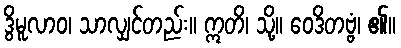
ဒွိမူလာဝ၊ သာလျှင်တည်း။ ဣတိ၊ သို့။ ဝေဒိတဗ္ဗံ၊ ၏။